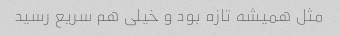
مثل همیشه تازه بود و خیلی هم سریع رسید